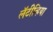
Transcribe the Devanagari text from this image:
लॅटीव्हिया